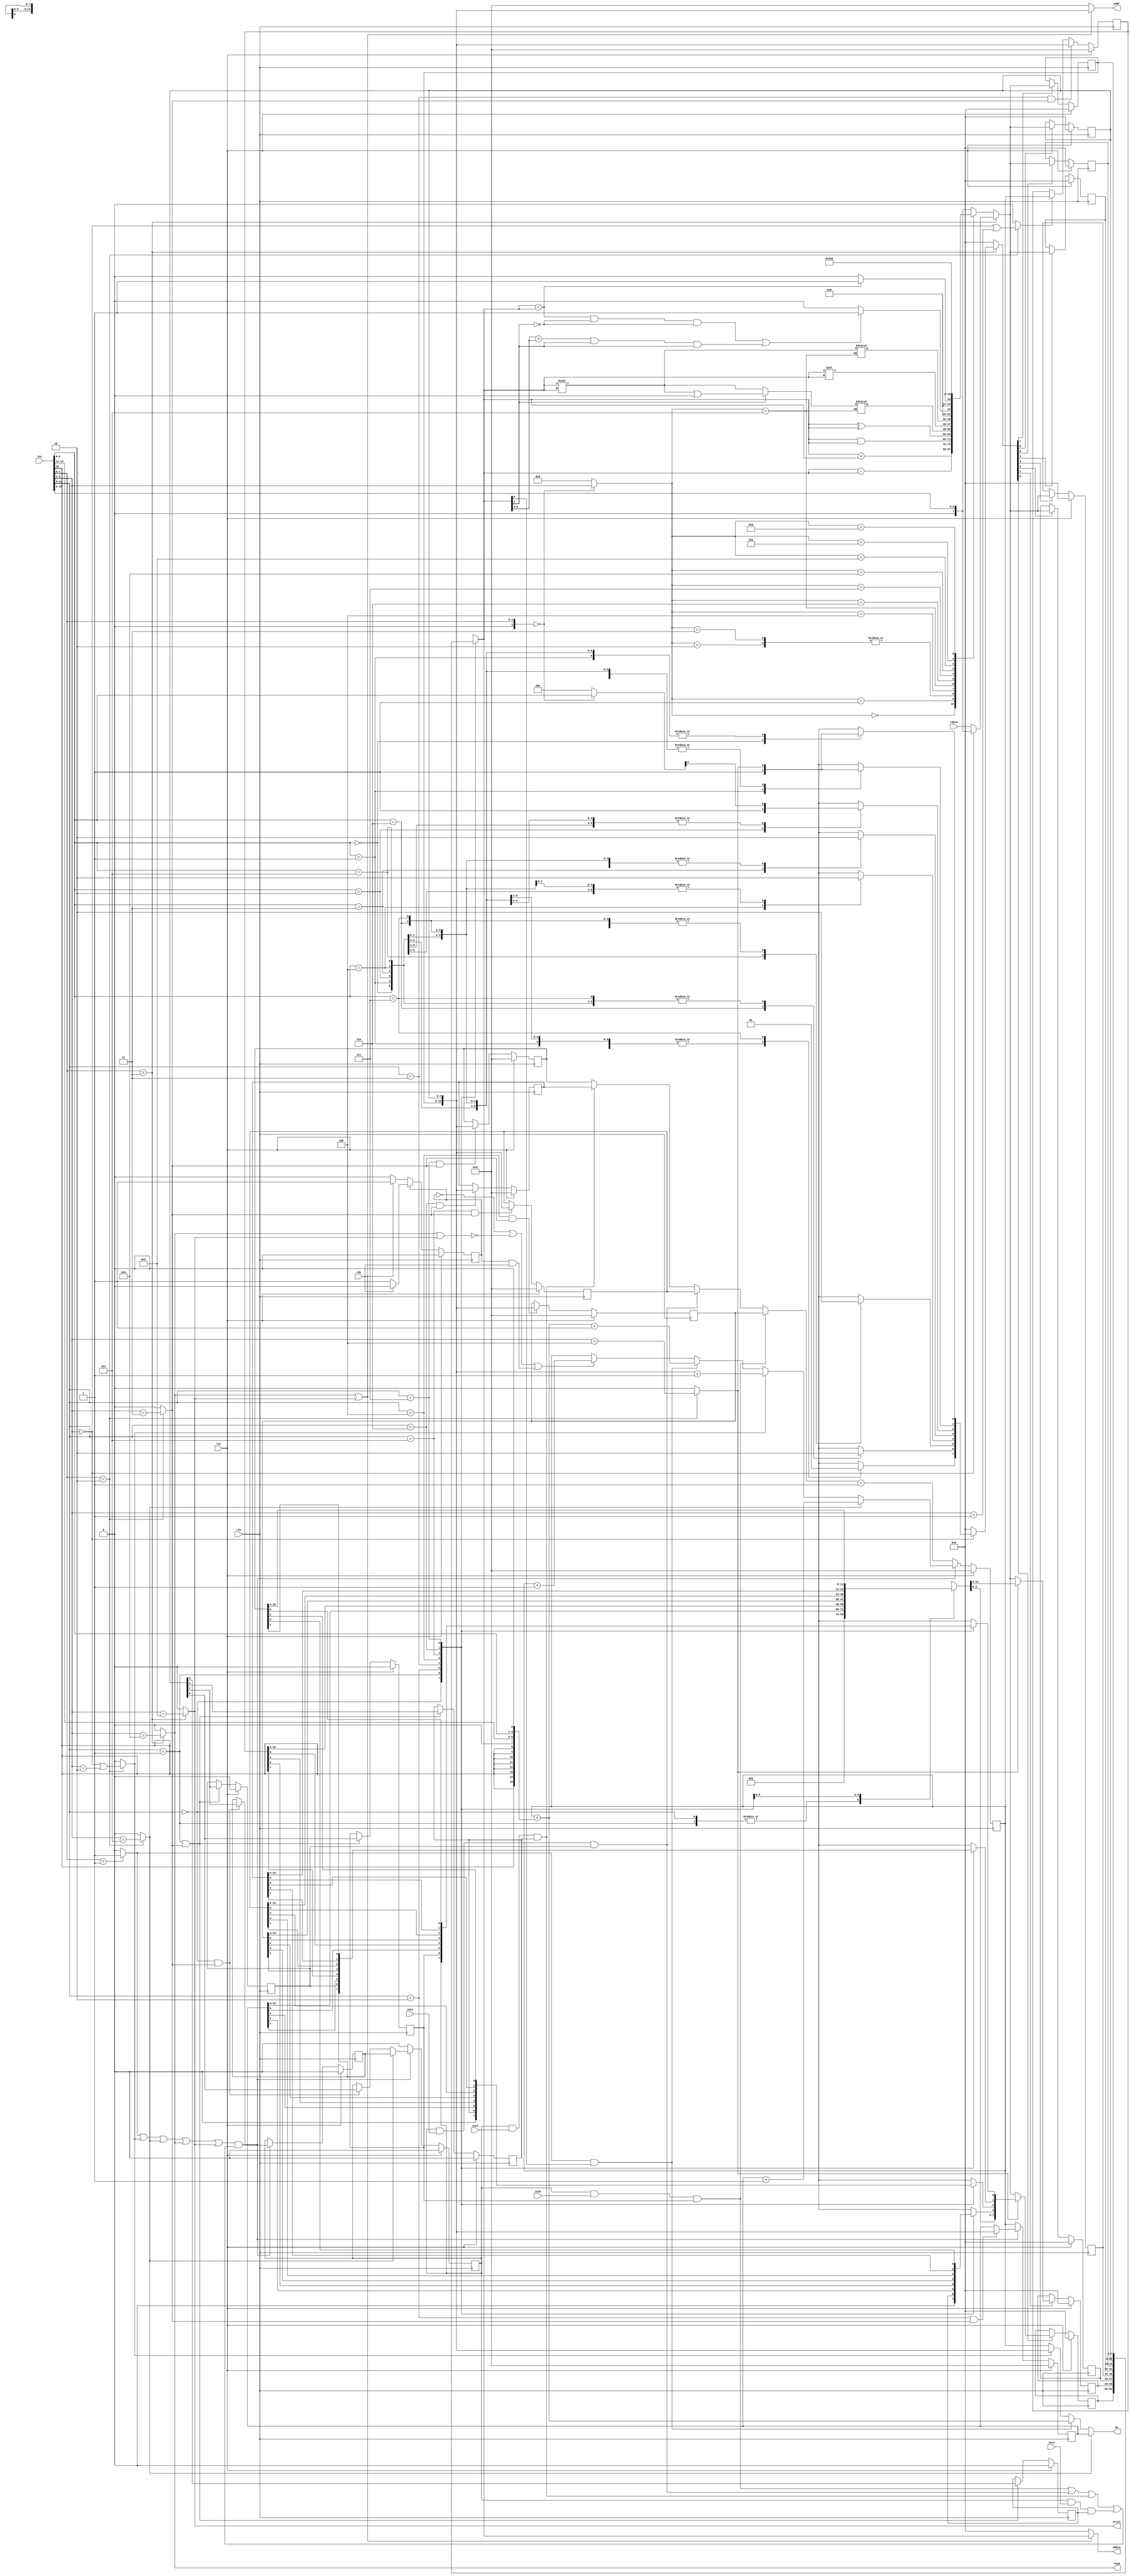
// Generated by MyHDL 0.11


`timescale 1ns/10ps

module top (
    clk,
    rst,
    write,
    read,
    rdy,
    pc,
    ins,
    addr,
    wdata,
    rdata,
    int0,
    int1,
    int2,
    int3
);
// clk = Signal(bool(0))
// rst = ResetSignal(1, active=1, isasync=False)
// write = Signal(bool(0))
// read = Signal(bool(0))
// rdy = Signal(bool(0))
// pc = Signal(intbv(0)[16:])
// ins = Signal(intbv(0)[16:])
// addr = Signal(intbv(0)[16:])
// wdata = Signal(intbv(0)[8:])
// rdata = Signal(intbv(0)[8:])
// int0 = Signal(bool(0))
// int1 = Signal(bool(0))
// int2 = Signal(bool(0))
// int3 = Signal(bool(0))

input clk;
input rst;
output write;
wire write;
output read;
wire read;
input rdy;
output [15:0] pc;
reg [15:0] pc;
input [15:0] ins;
output [15:0] addr;
reg [15:0] addr;
output [7:0] wdata;
reg [7:0] wdata;
input [7:0] rdata;
input int0;
input int1;
input int2;
input int3;

wire [15:0] r6_r7_data;
wire [15:0] branch_offset;
reg [7:0] ds1_data = 0;
reg [7:0] ds2_data = 0;
reg [7:0] register_write = 0;
reg [3:0] alu_signal = 0;
wire [2:0] selector;
wire [2:0] ds1_rx;
wire [2:0] ds2_rx;
reg rd_r1_mux = 0;
reg rd_r0_mux = 0;
reg cr_write = 0;
reg mem_read = 0;
reg mem_write = 0;
reg jmp = 0;
reg ret = 0;
reg apc = 0;
reg bra = 0;
reg [15:0] cr_data = 0;
wire mem_ok;
wire branch;
reg main_state = 0;
reg [7:0] alu_out = 0;
wire [7:0] imm;
wire [7:0] lsu_out;
reg [7:0] rd_data = 0;
wire rd_mux0;
wire rd_mux1;
wire [3:0] id0_funct4_0;
wire [3:0] id0_funct4_1;
wire [3:0] id0_funct4_2;
wire [3:0] id0_funct4_3;
wire [3:0] id0_funct4_4;
wire [3:0] id0_funct4_5;
wire [3:0] id0_funct4_8;
wire [3:0] id0_funct4_9;
wire [2:0] id0_ins20;
wire [2:0] id0_ins96;
wire [1:0] id0_opcode_ls;
reg [15:0] cr0_CPC = 0;
reg [15:0] cr0_EPC = 0;
reg cr0_GIE = 0;
reg cr0_IE0 = 0;
reg cr0_IE1 = 0;
reg cr0_IE2 = 0;
reg cr0_IE3 = 0;
reg [15:0] cr0_PC = 0;
reg cr0_PGIE = 0;
reg [15:0] cr0_TVEC0 = 0;
reg [15:0] cr0_TVEC1 = 0;
reg [15:0] cr0_TVEC2 = 0;
reg [15:0] cr0_TVEC3 = 0;
wire cr0_int0_acc;
wire cr0_int1_acc;
wire cr0_int2_acc;
wire cr0_int3_acc;
wire cr0_int_acc;
reg [15:0] cr0_tvec = 0;
wire [7:0] alu0_shift_left;
wire [7:0] alu0_shift_num;
reg [7:0] alu0_shift_right_signed = 0;
wire [7:0] alu0_shift_right_signed_temp;
reg [7:0] alu0_shift_right_unsigned = 0;
reg [7:0] gpr0_r0 = 0;
reg [7:0] gpr0_r1 = 0;
reg [7:0] gpr0_r2 = 0;
reg [7:0] gpr0_r3 = 0;
reg [7:0] gpr0_r4 = 0;
reg [7:0] gpr0_r5 = 0;
reg [7:0] gpr0_r6 = 0;
reg [7:0] gpr0_r7 = 0;

assign id0_funct4_0 = 4'd0;
assign id0_funct4_1 = 4'd1;
assign id0_funct4_2 = 4'd2;
assign id0_funct4_3 = 4'd3;
assign id0_funct4_4 = 4'd4;
assign id0_funct4_5 = 4'd5;
assign id0_funct4_8 = 4'd8;
assign id0_funct4_9 = 4'd9;
assign id0_opcode_ls = 2'd3;


always @(rd_mux1, alu_out, imm, lsu_out, rd_mux0) begin: TOP_RD_DATA_LOGIC
    if (rd_mux1) begin
        if (rd_mux0) begin
            rd_data = imm;
        end
        else begin
            rd_data = lsu_out;
        end
    end
    else begin
        rd_data = alu_out;
    end
end



assign id0_ins20 = ins[2-1:0];
assign id0_ins96 = ins[9-1:6];


always @(id0_funct4_9, id0_funct4_4, ins, id0_funct4_3, id0_funct4_1, id0_funct4_0, id0_funct4_2, id0_funct4_8, id0_ins20, id0_funct4_5, id0_ins96) begin: TOP_ID0_ID_LOGIC
    if ((id0_ins20 == 2'b00)) begin
        alu_signal = ins[6-1:2];
        register_write = ins[9-1:6];
    end
    else begin
        alu_signal = 0;
        register_write = 0;
    end
    if ((id0_ins20 == 2'b01)) begin
        bra = (1 != 0);
    end
    else begin
        bra = (0 != 0);
    end
    if ((id0_ins20 == 2'b10)) begin
        register_write[0] = (ins[6-1:2] == id0_funct4_4);
        register_write[1] = (ins[6-1:2] == id0_funct4_4);
        rd_r0_mux = (ins[6-1:2] == id0_funct4_4);
        rd_r1_mux = (ins[6-1:2] == id0_funct4_4);
        cr_write = (ins[6-1:2] == id0_funct4_3);
        jmp = ((ins[6-1:2] == id0_funct4_0) || (ins[6-1:2] == id0_funct4_2));
        apc = ((ins[6-1:2] == id0_funct4_0) || (ins[6-1:2] == id0_funct4_1));
        ret = (ins[6-1:2] == id0_funct4_5);
    end
    else begin
        register_write[0] = (0 != 0);
        register_write[1] = (0 != 0);
        rd_r0_mux = (0 != 0);
        rd_r1_mux = (0 != 0);
        cr_write = (0 != 0);
        jmp = (0 != 0);
        apc = (0 != 0);
        ret = (0 != 0);
    end
    if ((id0_ins20 == 2'b11)) begin
        mem_read = (ins[6-1:2] == id0_funct4_8);
        mem_write = (ins[6-1:2] == id0_funct4_9);
        if (((ins[9-1:6] == id0_funct4_9) | (ins[6-1:2] == id0_funct4_0))) begin
            case (id0_ins96)
                3'b000: begin
                    register_write[0] = 1;
                end
                3'b001: begin
                    register_write[1] = 1;
                end
                3'b010: begin
                    register_write[2] = 1;
                end
                3'b011: begin
                    register_write[3] = 1;
                end
                3'b100: begin
                    register_write[4] = 1;
                end
                3'b101: begin
                    register_write[5] = 1;
                end
                3'b110: begin
                    register_write[6] = 1;
                end
                3'b111: begin
                    register_write[7] = 1;
                end
                default: begin
                    register_write = 0;
                end
            endcase
        end
        else begin
            register_write = 0;
        end
    end
    else begin
        mem_read = (0 != 0);
        mem_write = (0 != 0);
        register_write = 0;
    end
end



assign rd_mux0 = (ins[6-1:2] == id0_funct4_0);
assign rd_mux1 = (ins[2-1:0] == id0_opcode_ls);



assign ds2_rx = ins[12-1:9];
assign ds1_rx = ins[12-1:9];



assign selector = ins[12-1:9];



assign imm[7] = 0;
assign imm[7-1:0] = ins[16-1:9];
assign branch_offset[15] = ins[15];
assign branch_offset[14] = ins[15];
assign branch_offset[13] = ins[15];
assign branch_offset[12] = ins[15];
assign branch_offset[11] = ins[15];
assign branch_offset[10] = ins[15];
assign branch_offset[9] = ins[15];
assign branch_offset[8] = ins[15];
assign branch_offset[8-1:4] = ins[15-1:12];
assign branch_offset[4-1:1] = ins[9-1:6];
assign branch_offset[0] = 0;


always @(cr0_TVEC1, cr0_int2_acc, cr0_TVEC2, cr0_TVEC3, cr0_TVEC0, cr0_int0_acc, cr0_int1_acc) begin: TOP_CR0_COMB_LOGIC
    if (cr0_int0_acc) begin
        cr0_tvec = cr0_TVEC0;
    end
    else if (cr0_int1_acc) begin
        cr0_tvec = cr0_TVEC1;
    end
    else if (cr0_int2_acc) begin
        cr0_tvec = cr0_TVEC2;
    end
    else begin
        cr0_tvec = cr0_TVEC3;
    end
end


always @(r6_r7_data, ret, branch_offset, cr0_EPC, branch, cr0_PC, jmp) begin: TOP_CR0_COMB_LOGIC2
    if (ret) begin
        pc = cr0_EPC;
    end
    else if (branch) begin
        pc = (cr0_PC + branch_offset);
    end
    else if (jmp) begin
        pc = r6_r7_data;
    end
    else begin
        pc = cr0_PC;
    end
end


always @(cr0_TVEC1, cr0_IE1, cr0_GIE, cr0_PGIE, cr0_TVEC2, cr0_EPC, cr0_IE0, cr0_TVEC0, cr0_TVEC3, cr0_IE3, cr0_IE2, selector, cr0_CPC) begin: TOP_CR0_COMB_LOGIC3
    case (selector)
        3'b000: begin
            cr_data[16-1:2] = 14'h0;
            cr_data[1] = cr0_PGIE;
            cr_data[0] = cr0_GIE;
        end
        3'b001: begin
            cr_data[16-1:4] = 12'h0;
            cr_data[3] = cr0_IE3;
            cr_data[2] = cr0_IE2;
            cr_data[1] = cr0_IE1;
            cr_data[0] = cr0_IE0;
        end
        3'b010: begin
            cr_data = cr0_EPC;
        end
        3'b011: begin
            cr_data = cr0_CPC;
        end
        3'b100: begin
            cr_data = cr0_TVEC0;
        end
        3'b101: begin
            cr_data = cr0_TVEC1;
        end
        3'b110: begin
            cr_data = cr0_TVEC2;
        end
        3'b111: begin
            cr_data = cr0_TVEC3;
        end
        default: begin
            cr_data = 0;
        end
    endcase
end


always @(posedge clk) begin: TOP_CR0_CR_LOGIC
    if (rst == 1) begin
        main_state <= 0;
    end
    else begin
        if ((!main_state)) begin
            if ((mem_read | mem_write)) begin
                main_state <= (1 != 0);
            end
            else begin
                main_state <= (0 != 0);
            end
        end
        else if (main_state) begin
            if (mem_ok) begin
                main_state <= (0 != 0);
            end
            else begin
                main_state <= (1 != 0);
            end
        end
    end
end


always @(posedge clk) begin: TOP_CR0_CR_LOGIC2
    if (rst == 1) begin
        cr0_GIE <= 0;
        cr0_PGIE <= 0;
    end
    else begin
        if (cr0_int_acc) begin
            cr0_GIE <= 0;
        end
        else if (ret) begin
            cr0_GIE <= cr0_PGIE;
        end
        else if (((selector == 3'b000) && cr_write)) begin
            cr0_GIE <= r6_r7_data[0];
        end
        if (cr0_int_acc) begin
            cr0_PGIE <= cr0_GIE;
        end
        else if (((selector == 3'b000) && cr_write)) begin
            cr0_PGIE <= r6_r7_data[1];
        end
    end
end


always @(posedge clk) begin: TOP_CR0_CR_LOGIC3
    if (rst == 1) begin
        cr0_IE2 <= 0;
        cr0_IE3 <= 0;
        cr0_IE1 <= 0;
        cr0_IE0 <= 0;
    end
    else begin
        if (((selector == 3'b001) && cr_write)) begin
            cr0_IE0 <= r6_r7_data[0];
            cr0_IE1 <= r6_r7_data[1];
            cr0_IE2 <= r6_r7_data[2];
            cr0_IE3 <= r6_r7_data[3];
        end
    end
end


always @(posedge clk) begin: TOP_CR0_CR_LOGIC4
    if (rst == 1) begin
        cr0_EPC <= 0;
    end
    else begin
        if (cr0_int_acc) begin
            cr0_EPC <= cr0_PC;
        end
        else if (((selector == 3'b010) && cr_write)) begin
            cr0_EPC <= r6_r7_data;
        end
    end
end


always @(posedge clk) begin: TOP_CR0_CR_LOGIC5
    if (rst == 1) begin
        cr0_CPC <= 0;
    end
    else begin
        if (((selector == 3'b011) && cr_write)) begin
            cr0_CPC <= r6_r7_data;
        end
        else if (apc) begin
            cr0_CPC <= cr0_PC;
        end
    end
end


always @(posedge clk) begin: TOP_CR0_CR_LOGIC6
    if (rst == 1) begin
        cr0_PC <= 0;
    end
    else begin
        if (cr0_int_acc) begin
            cr0_PC <= (cr0_tvec + 1);
        end
        else if (ret) begin
            cr0_PC <= (cr0_EPC + 1);
        end
        else if (jmp) begin
            cr0_PC <= (r6_r7_data + 1);
        end
        else if (branch) begin
            cr0_PC <= ((cr0_PC + branch_offset) + 1);
        end
        else begin
            if ((((!main_state) || (!(mem_read || mem_write))) || (main_state && mem_ok))) begin
                cr0_PC <= (cr0_PC + 1);
            end
            else begin
                cr0_PC <= cr0_PC;
            end
        end
    end
end


always @(posedge clk) begin: TOP_CR0_CR_LOGIC7
    if (rst == 1) begin
        cr0_TVEC0 <= 0;
        cr0_TVEC1 <= 0;
        cr0_TVEC2 <= 0;
        cr0_TVEC3 <= 0;
    end
    else begin
        if (((selector == 3'b100) && cr_write)) begin
            cr0_TVEC0 <= r6_r7_data;
        end
        if (((selector == 3'b101) && cr_write)) begin
            cr0_TVEC1 <= r6_r7_data;
        end
        if (((selector == 3'b110) && cr_write)) begin
            cr0_TVEC2 <= r6_r7_data;
        end
        if (((selector == 3'b111) && cr_write)) begin
            cr0_TVEC3 <= r6_r7_data;
        end
    end
end



assign cr0_int0_acc = ((cr0_GIE & int0) & cr0_IE0);
assign cr0_int1_acc = ((cr0_GIE & int1) & cr0_IE1);
assign cr0_int2_acc = ((cr0_GIE & int2) & cr0_IE2);
assign cr0_int3_acc = ((cr0_GIE & int3) & cr0_IE3);



assign cr0_int_acc = (!(((((bra | jmp) | ret) | mem_read) | mem_write) & (((cr0_int0_acc | cr0_int1_acc) | cr0_int2_acc) | cr0_int3_acc)));



assign alu0_shift_right_signed_temp = (ds1_data >>> ds2_data);
assign alu0_shift_left = (ds1_data << ds2_data);
assign alu0_shift_num = 0;


always @(alu0_shift_right_signed_temp, ds1_data, alu_signal, alu0_shift_num) begin: TOP_ALU0_SHIFT_RIGHT_LOGIC
    if ((alu_signal == 4'b0101)) begin
        if (ds1_data[7]) begin
            alu0_shift_right_signed = (alu0_shift_right_signed_temp | alu0_shift_num);
        end
        else begin
            alu0_shift_right_signed = alu0_shift_right_signed_temp;
        end
    end
    else begin
        alu0_shift_right_unsigned = alu0_shift_right_signed_temp;
    end
end



assign branch = (bra & ds1_data[0]);


always @(alu0_shift_right_signed, alu_signal, imm, ds1_data, alu0_shift_right_unsigned, alu0_shift_left, ds2_data) begin: TOP_ALU0_ALU_LOGIC
    case (alu_signal)
        4'b0000: begin
            alu_out = (ds1_data + ds2_data);
        end
        4'b0001: begin
            alu_out = (ds1_data - ds2_data);
        end
        4'b0010: begin
            alu_out = (ds1_data & ds2_data);
        end
        4'b0011: begin
            alu_out = (ds1_data & ds2_data);
        end
        4'b0100: begin
            alu_out = (ds1_data ^ ds2_data);
        end
        4'b0101: begin
            alu_out = alu0_shift_right_signed;
        end
        4'b0110: begin
            alu_out = alu0_shift_left;
        end
        4'b0111: begin
            alu_out = alu0_shift_right_unsigned;
        end
        4'b1000: begin
            if ((((ds1_data < ds2_data) && (ds1_data[7] == 0) && (ds2_data[7] == 0)) || ((ds1_data[7-1:0] > ds2_data[7-1:0]) && (ds1_data[7] == 1) && (ds1_data[7] == 1)) || ((ds1_data[7] == 1) && (ds2_data[7] == 0)))) begin
                alu_out = 1;
            end
            else begin
                alu_out = 0;
            end
        end
        4'b1001: begin
            if ((ds1_data < ds2_data)) begin
                alu_out = 1;
            end
            else begin
                alu_out = 0;
            end
        end
        4'b1010: begin
            if ((ds1_data == ds2_data)) begin
                alu_out = 1;
            end
            else begin
                alu_out = 0;
            end
        end
        4'b1011: begin
            if ((ds1_data == ds2_data)) begin
                alu_out = 0;
            end
            else begin
                alu_out = 1;
            end
        end
        default: begin
            alu_out = imm;
        end
    endcase
end



assign write = mem_write;
assign read = mem_read;
assign mem_ok = rdy;
assign lsu_out = rdata;


always @(r6_r7_data, mem_write, ds1_data, mem_read) begin: TOP_LSU0_LOGIC_2
    if ((mem_read | mem_write)) begin
        addr = r6_r7_data;
        wdata = ds1_data;
    end
    else begin
        addr = 0;
        wdata = 0;
    end
end


always @(posedge clk) begin: TOP_GPR0_R0_R1_LOGIC
    if (rst == 1) begin
        gpr0_r5 <= 0;
        gpr0_r6 <= 0;
        gpr0_r7 <= 0;
        gpr0_r4 <= 0;
        gpr0_r0 <= 0;
        gpr0_r2 <= 0;
        gpr0_r1 <= 0;
        gpr0_r3 <= 0;
    end
    else begin
        if (register_write[0]) begin
            if (rd_r0_mux) begin
                gpr0_r0 <= cr_data[8-1:0];
            end
            else begin
                gpr0_r0 <= rd_data;
            end
        end
        if (register_write[1]) begin
            if (rd_r1_mux) begin
                gpr0_r1 <= cr_data[16-1:8];
            end
            else begin
                gpr0_r1 <= rd_data;
            end
        end
        if (register_write[2]) begin
            gpr0_r2 <= rd_data;
        end
        if (register_write[3]) begin
            gpr0_r3 <= rd_data;
        end
        if (register_write[4]) begin
            gpr0_r4 <= rd_data;
        end
        if (register_write[5]) begin
            gpr0_r5 <= rd_data;
        end
        if (register_write[6]) begin
            gpr0_r6 <= rd_data;
        end
        if (register_write[7]) begin
            gpr0_r7 <= rd_data;
        end
    end
end


always @(gpr0_r5, gpr0_r6, gpr0_r7, ds1_rx, gpr0_r4, gpr0_r0, gpr0_r2, gpr0_r1, gpr0_r3) begin: TOP_GPR0_DS1_DAT_LOGIC
    case (ds1_rx)
        3'b000: begin
            ds1_data = gpr0_r0;
        end
        3'b001: begin
            ds1_data = gpr0_r1;
        end
        3'b010: begin
            ds1_data = gpr0_r2;
        end
        3'b011: begin
            ds1_data = gpr0_r3;
        end
        3'b100: begin
            ds1_data = gpr0_r4;
        end
        3'b101: begin
            ds1_data = gpr0_r5;
        end
        3'b110: begin
            ds1_data = gpr0_r6;
        end
        3'b111: begin
            ds1_data = gpr0_r7;
        end
        default: begin
            ds1_data = 0;
        end
    endcase
end


always @(gpr0_r5, gpr0_r6, ds2_rx, gpr0_r7, gpr0_r4, gpr0_r0, gpr0_r2, gpr0_r1, gpr0_r3) begin: TOP_GPR0_DS2_DATA_LOGIC
    case (ds2_rx)
        3'b000: begin
            ds2_data = gpr0_r0;
        end
        3'b001: begin
            ds2_data = gpr0_r1;
        end
        3'b010: begin
            ds2_data = gpr0_r2;
        end
        3'b011: begin
            ds2_data = gpr0_r3;
        end
        3'b100: begin
            ds2_data = gpr0_r4;
        end
        3'b101: begin
            ds2_data = gpr0_r5;
        end
        3'b110: begin
            ds2_data = gpr0_r6;
        end
        3'b111: begin
            ds2_data = gpr0_r7;
        end
        default: begin
            ds2_data = 0;
        end
    endcase
end



assign r6_r7_data[16-1:8] = gpr0_r7;
assign r6_r7_data[8-1:0] = gpr0_r6;

endmodule